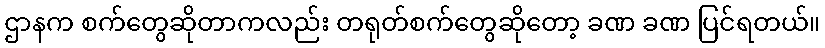
ဌာနက စက်တွေဆိုတာကလည်း တရုတ်စက်တွေဆိုတော့ ခဏ ခဏ ပြင်ရတယ်။